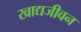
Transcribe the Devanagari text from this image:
खाद्यजीवन